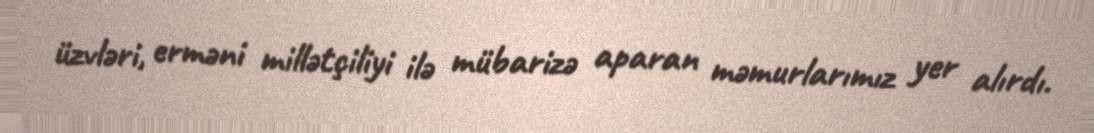
üzvləri, erməni millətçiliyi ilə mübarizə aparan məmurlarımız yer alırdı.